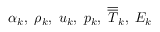
\alpha _ { k } , \; \rho _ { k } , \; \boldsymbol { u } _ { k } , \; p _ { k } , \; \overline { { \overline { { T } } } } _ { k } , \; E _ { k }